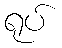
ရုပ်